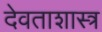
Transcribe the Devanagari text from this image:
देवताशास्त्र